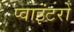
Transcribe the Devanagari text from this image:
प्वाइंटरों